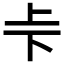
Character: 𠧗